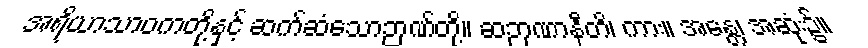
အရိယာသာဝကတို့နှင့် ဆက်ဆံသောဉာဏ်တို့။ ဆဉာဏာနီတိ၊ ကား။ အန္တေ၊ အဆုံး၌။